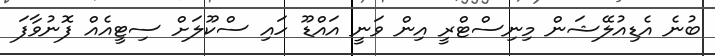
ބުނެ އެޑިއުލޭޝަން މިނިސްޓްރީ އިން ވަނީ އައްޑޫ ހައި ސްކޫލަށް ސިޓީއެއް ފޮނުވާފަ